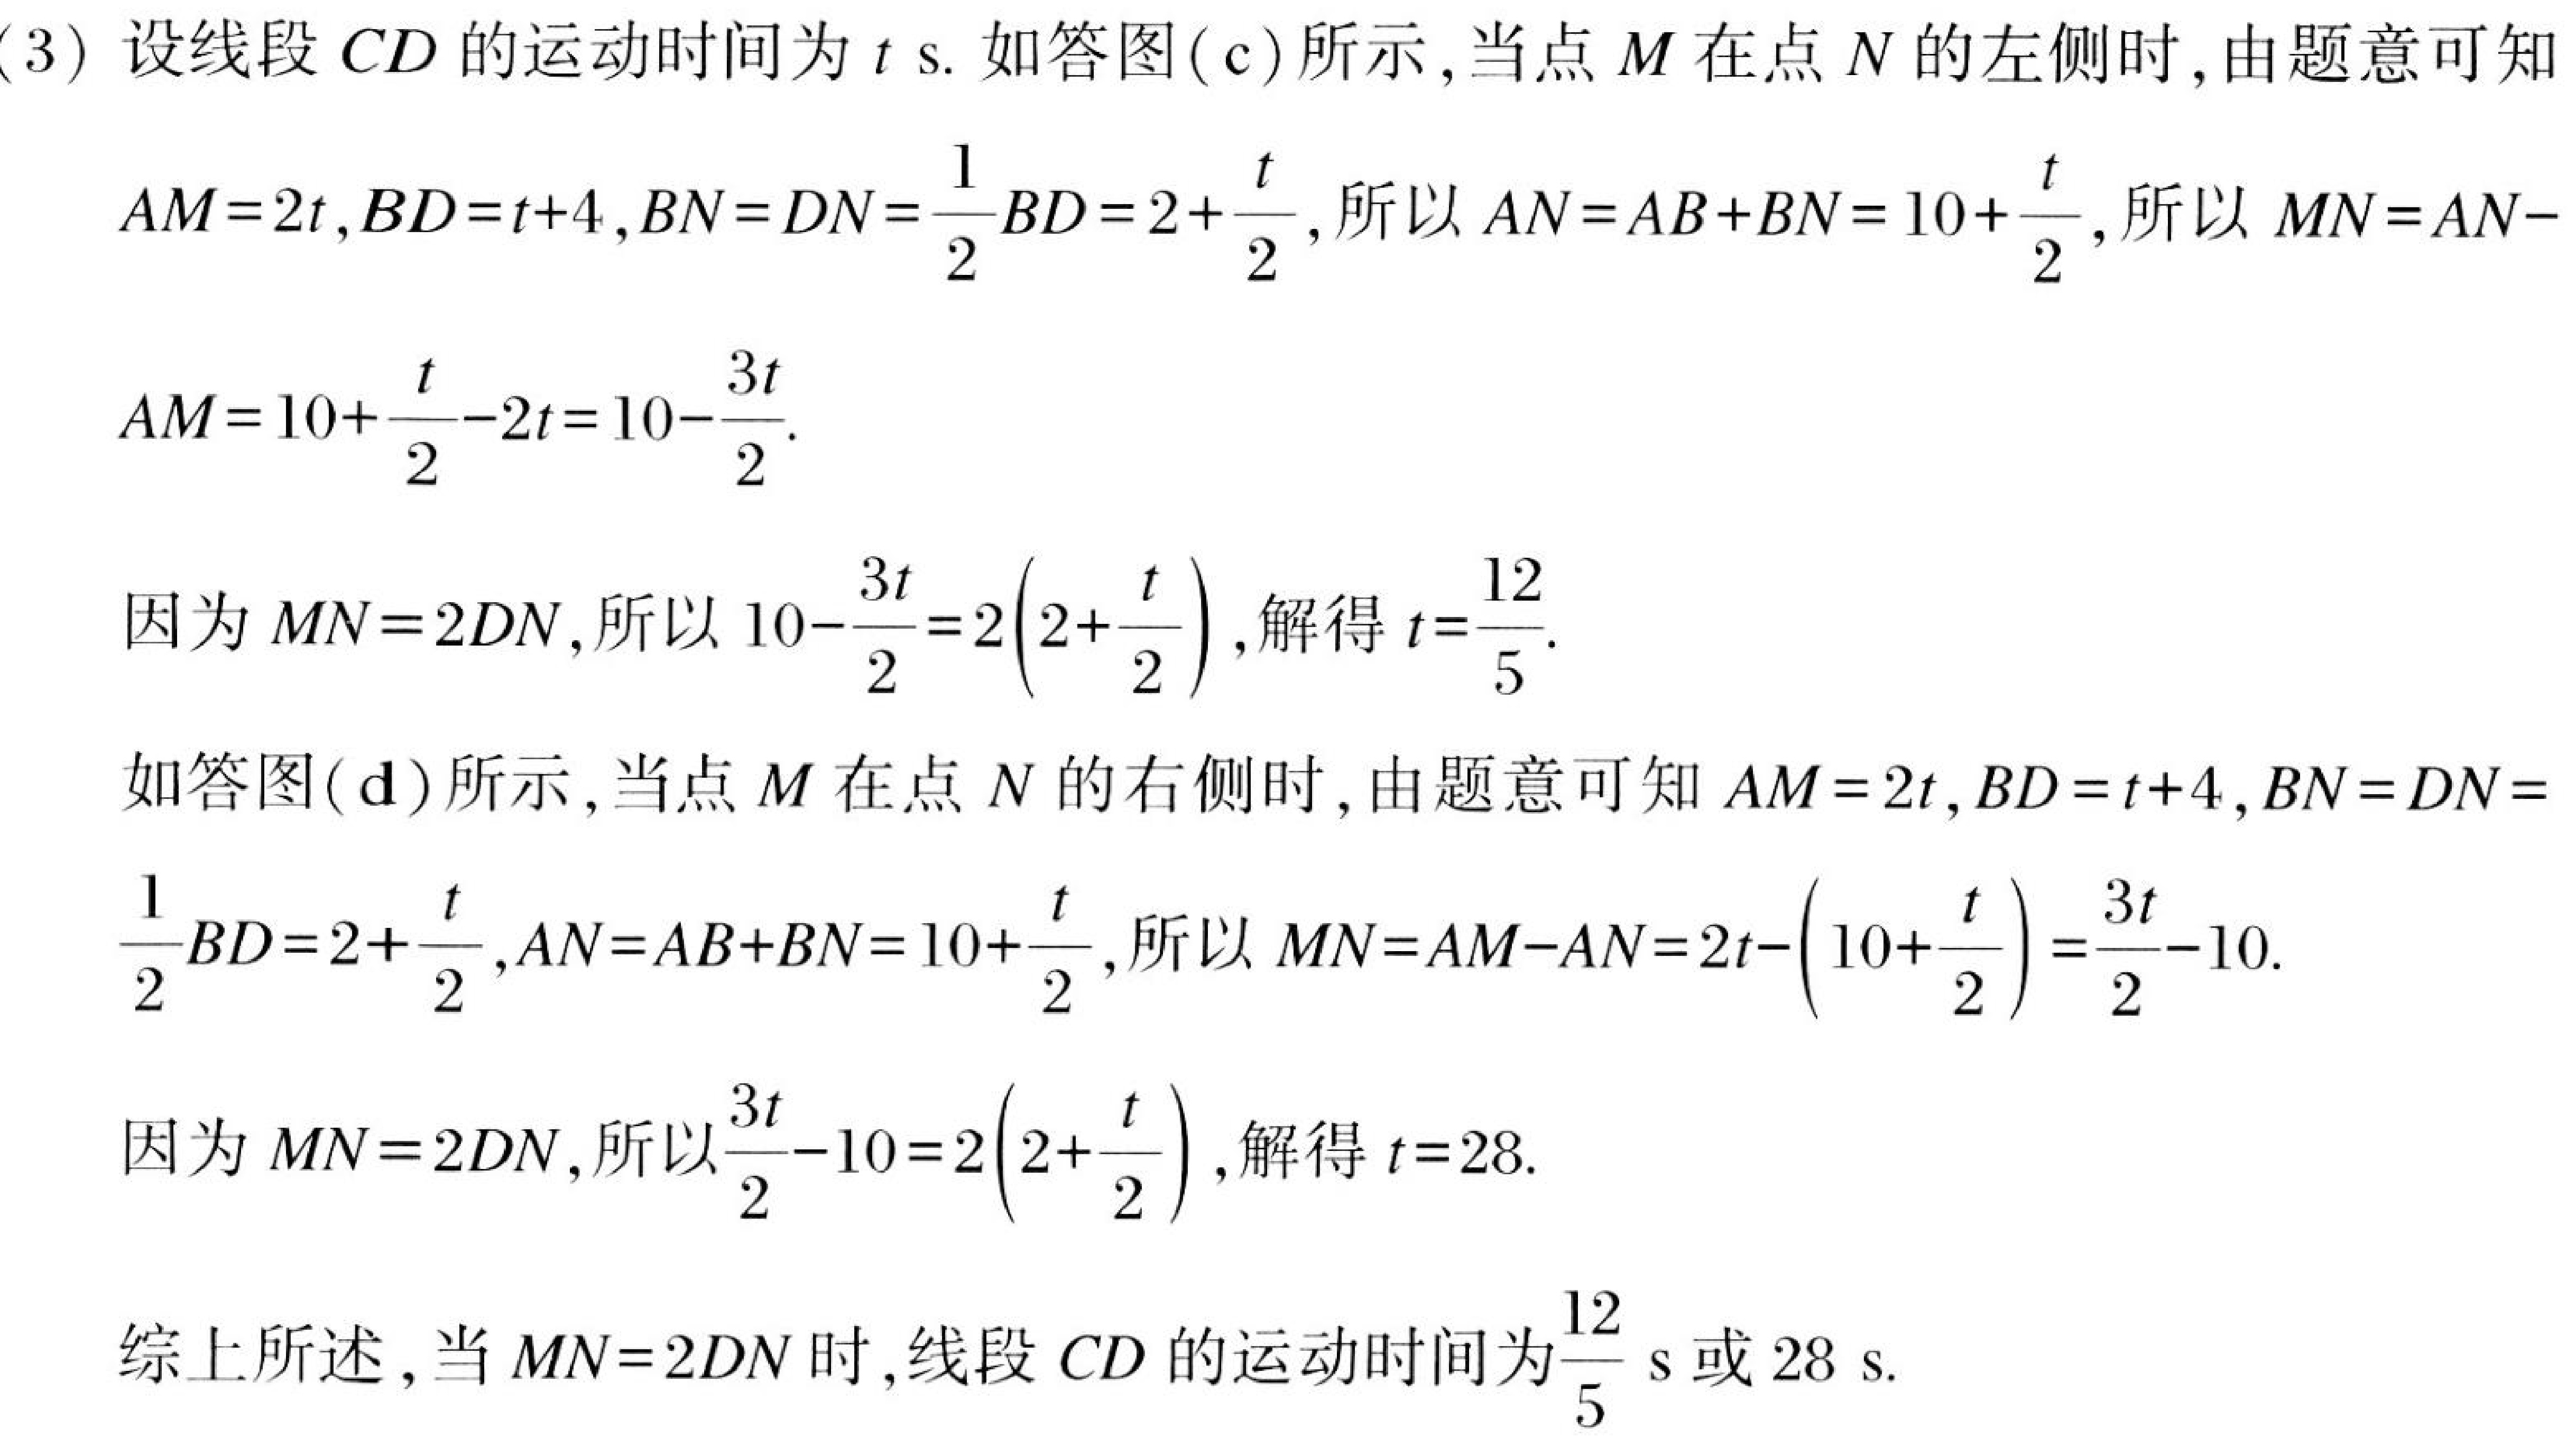
(3) 设线段 \(CD\) 的运动时间为 \(t\) s. 如答图(c)所示,当点 \(M\) 在点 \(N\) 的左侧时,由题意可知 \(AM = 2t\),\(BD=t + 4\),\(BN=DN=\frac{1}{2}BD = 2+\frac{t}{2}\),所以 \(AN=AB + BN=10+\frac{t}{2}\),所以 \(MN=AN - AM=10+\frac{t}{2}-2t = 10-\frac{3t}{2}\).
因为 \(MN = 2DN\),所以 \(10-\frac{3t}{2}=2\left(2+\frac{t}{2}\right)\),解得 \(t=\frac{12}{5}\).
如答图(d)所示,当点 \(M\) 在点 \(N\) 的右侧时,由题意可知 \(AM = 2t\),\(BD=t + 4\),\(BN=DN=\frac{1}{2}BD = 2+\frac{t}{2}\),\(AN=AB + BN=10+\frac{t}{2}\),所以 \(MN=AM - AN=2t-\left(10+\frac{t}{2}\right)=\frac{3t}{2}-10\).
因为 \(MN = 2DN\),所以 \(\frac{3t}{2}-10=2\left(2+\frac{t}{2}\right)\),解得 \(t = 28\).
综上所述,当 \(MN = 2DN\) 时,线段 \(CD\) 的运动时间为\(\frac{12}{5}\) s 或 \(28\) s.